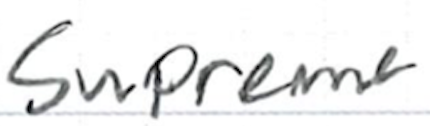
Text: Supreme
Cross-out: clean
Writing tool: ballpoint